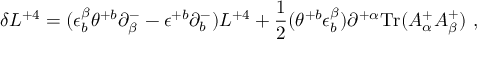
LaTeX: \delta L ^ { + 4 } = ( \epsilon _ { b } ^ { \beta } \theta ^ { + b } \partial _ { \beta } ^ { - } - \epsilon ^ { + b } \partial _ { b } ^ { - } ) L ^ { + 4 } + { \frac { 1 } { 2 } } ( \theta ^ { + b } \epsilon _ { b } ^ { \beta } ) \partial ^ { + \alpha } \mathrm { T r } ( A _ { \alpha } ^ { + } A _ { \beta } ^ { + } ) \ ,